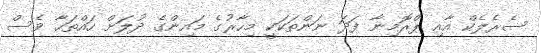
ސެރެލެކް އާއި ޕްރޮމިނާ ފަދަ ނަންތަކަކީ މިހާރުގެ މައިންގެ ދުލަށް ހައްތަހާ ވެސް